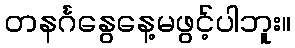
တနင်္ဂနွေနေ့မဖွင့်ပါဘူး။